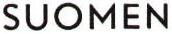
SUOMEN